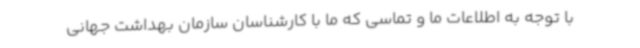
با توجه به اطلاعات ما و تماسی که ما با کارشناسان سازمان بهداشت جهانی